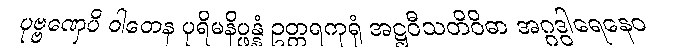
ပုဗ္ဗဏှေပိ ဝါတေန ပုရိမနိပ္ဖန္နံ ဥတ္တရကုရုံ အဋ္ဌဝီသတိဝိဓာ အဂ္ဂဒွါရေနေဝ